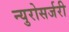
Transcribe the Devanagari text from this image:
न्युरोसर्जरी